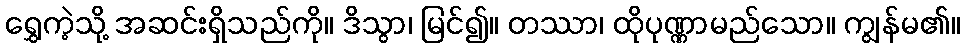
ရွှေကဲ့သို့ အဆင်းရှိသည်ကို။ ဒိသွာ၊ မြင်၍။ တဿာ၊ ထိုပုဏ္ဏာမည်သော။ ကျွန်မ၏။